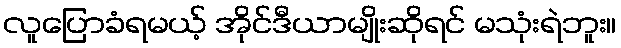
လူပြောခံရမယ့် အိုင်ဒီယာမျိုးဆိုရင် မသုံးရဲဘူး။